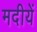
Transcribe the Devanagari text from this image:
मदीयें